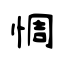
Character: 惆